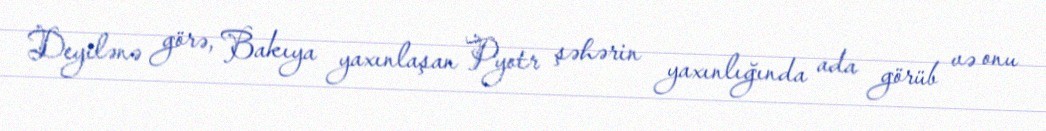
Deyilənə görə, Bakıya yaxınlaşan Pyotr şəhərin yaxınlığında ada görüb və onu